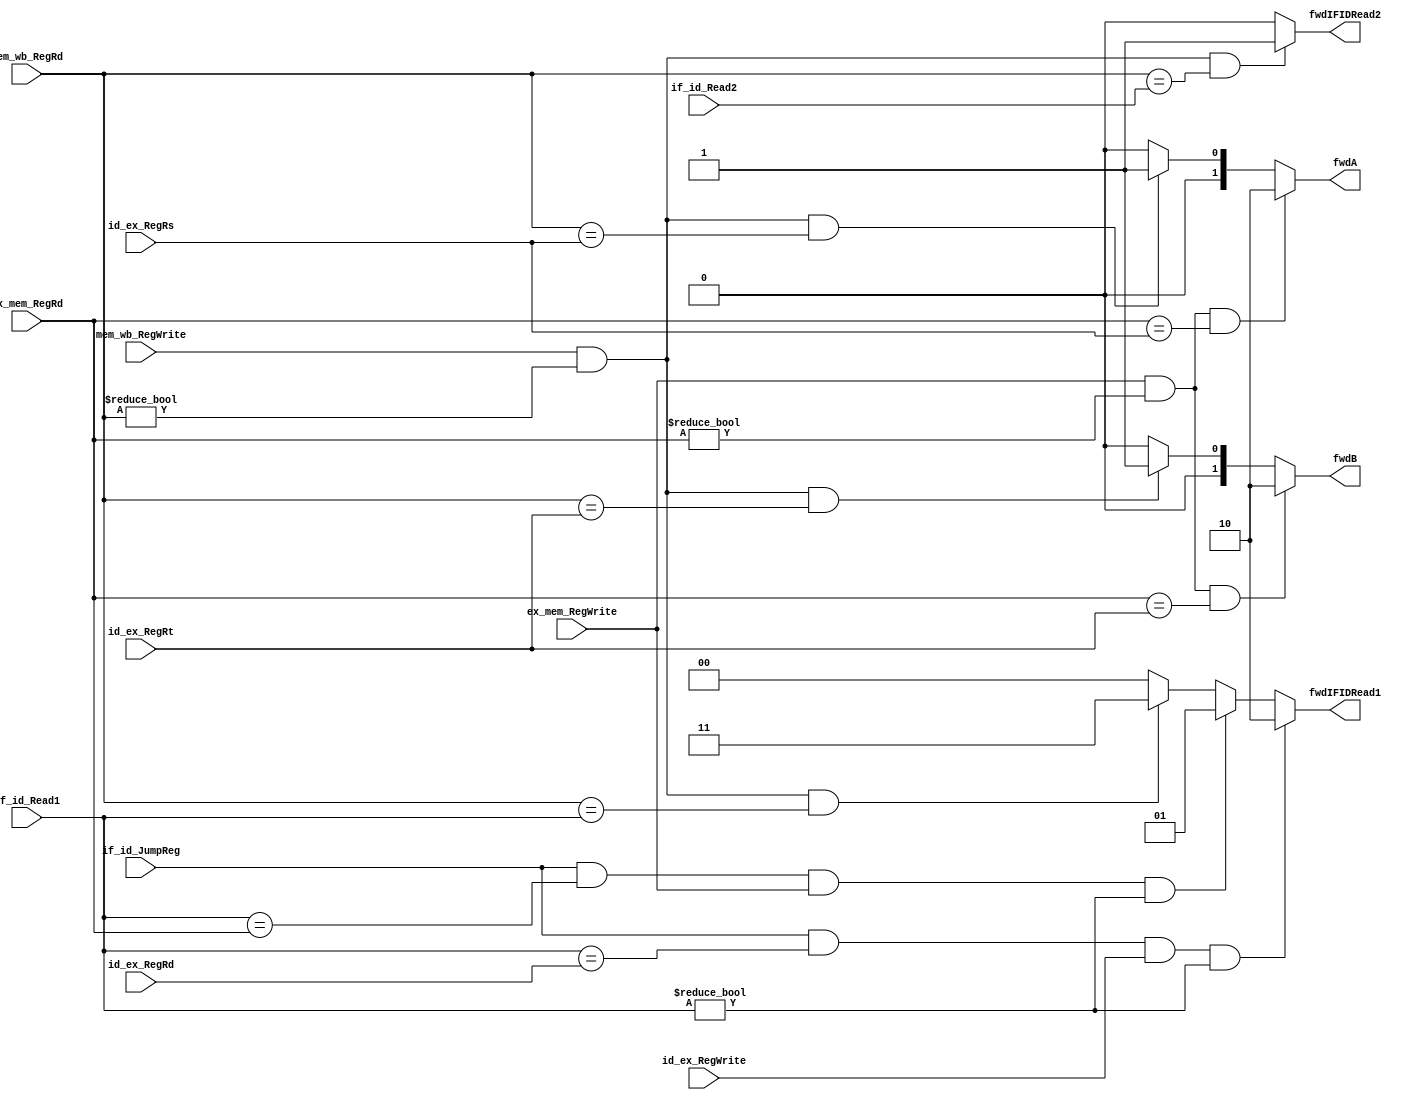
`timescale 1ns / 1ps
//////////////////////////////////////////////////////////////////////////////////
// Company: University of Arizona
// 
// Implemented in ECE369
//////////////////////////////////////////////////////////////////////////////////


module Forwarding(mem_wb_RegWrite, ex_mem_RegWrite, if_id_JumpReg, id_ex_RegWrite,
                  if_id_Read1, if_id_Read2, id_ex_RegRd, ex_mem_RegRd, mem_wb_RegRd, id_ex_RegRs, id_ex_RegRt,
                  fwdA, fwdB, fwdIFIDRead1, fwdIFIDRead2);
    
    input mem_wb_RegWrite;
    input ex_mem_RegWrite;
    input if_id_JumpReg;
    input id_ex_RegWrite;
    input [4:0] if_id_Read1;
    input [4:0] if_id_Read2;
    input [4:0] id_ex_RegRd;
    input [4:0] ex_mem_RegRd;
    input [4:0] mem_wb_RegRd;
    input [4:0] id_ex_RegRs;
    input [4:0] id_ex_RegRt;
    output reg [1:0] fwdA;
    output reg [1:0] fwdB;
    output reg [1:0] fwdIFIDRead1;
    output reg fwdIFIDRead2;
    
    always @(*) begin
        // For forwarding to decode stage
        if(if_id_JumpReg && (if_id_Read1 == id_ex_RegRd) && id_ex_RegWrite && (if_id_Read1 != 0)) begin
            fwdIFIDRead1 <= 2'b10;
        end
        else if(if_id_JumpReg && (if_id_Read1 == ex_mem_RegRd) && ex_mem_RegWrite && (if_id_Read1 != 0)) begin
            fwdIFIDRead1 <= 2'b01;
        end
        else if(mem_wb_RegWrite && (mem_wb_RegRd != 0) && (mem_wb_RegRd == if_id_Read1)) begin
            fwdIFIDRead1 <= 2'b11;
        end
        else begin
            fwdIFIDRead1 <= 2'b00;
        end
        if(mem_wb_RegWrite && (mem_wb_RegRd != 0) && (mem_wb_RegRd == if_id_Read2)) begin
            fwdIFIDRead2 <= 1'b1;
        end
        else begin
            fwdIFIDRead2 <= 1'b0;
        end
    
        // For forwarding with ALU operands
        if(ex_mem_RegWrite && (ex_mem_RegRd != 0) && (ex_mem_RegRd == id_ex_RegRs)) begin
            fwdA <= 2'b10;
        end
        else if (mem_wb_RegWrite && (mem_wb_RegRd != 0) && (mem_wb_RegRd == id_ex_RegRs)) begin
            fwdA <= 2'b01;
        end
        else begin
            fwdA <= 2'b00;
        end
        if(ex_mem_RegWrite && (ex_mem_RegRd != 0) && (ex_mem_RegRd == id_ex_RegRt)) begin
            fwdB <= 2'b10;
        end
        else if (mem_wb_RegWrite && (mem_wb_RegRd != 0) && (mem_wb_RegRd == id_ex_RegRt)) begin
            fwdB <= 2'b01;    
        end
        else begin
            fwdB <= 2'b00;
        end
    end
                      
endmodule